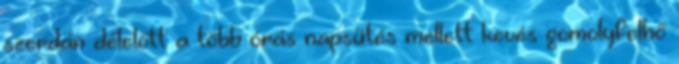
szerdán délelőtt a több órás napsütés mellett kevés gomolyfelhő